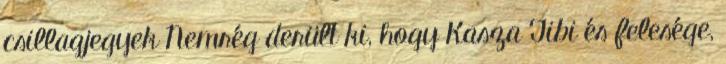
csillagjegyek Nemrég derült ki, hogy Kasza Tibi és felesége,